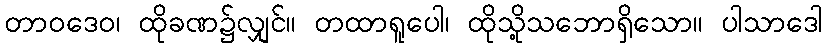
တာဝဒေဝ၊ ထိုခဏ၌လျှင်။ တထာရူပေါ၊ ထိုသို့သဘောရှိသော။ ပါသာဒေါ